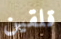
قلقين